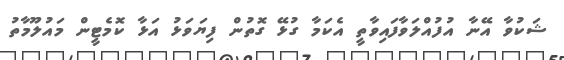
ޝަކުވާ އޭނާ އުފުއްލަވާފައިވާތީ އެކަމާ ގުޅޭ ގޮތުން ފިޔަވަޅު އަޅާ ކޮމެޓީން މައުލޫމާތު